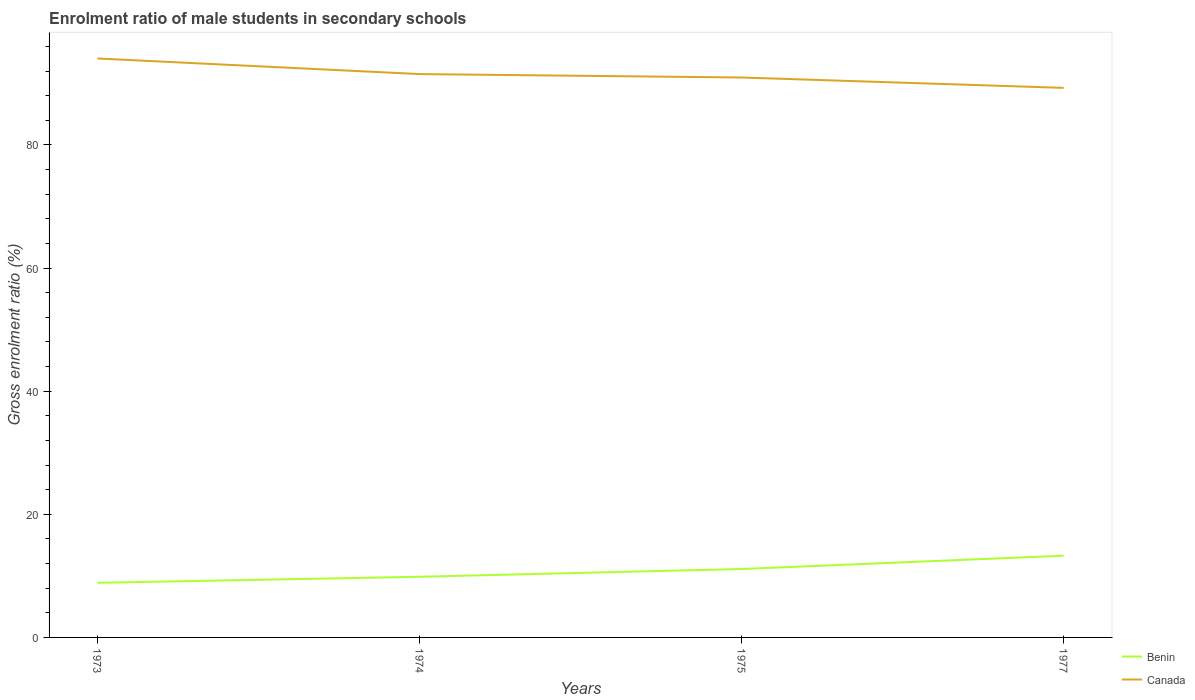
| Years | Benin | Canada |
 | --- | --- | --- |
 | 1973 | 8.87 | 94 |
 | 1974 | 9.85 | 91.5 |
 | 1975 | 11.1 | 91 |
 | 1977 | 13.3 | 89.3 |